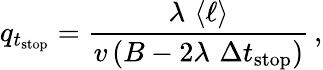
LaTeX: q_{t_{\mathrm{stop}}}=\frac{\lambda\, \, \langle\ell\rangle}{v\left(B-2\lambda\, \, \Delta t_{\mathrm{stop}}\right)}\, ,